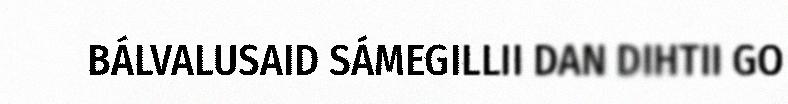
BÁLVALUSAID SÁMEGILLII DAN DIHTII GO